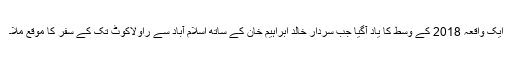
ایک واقعہ 2018 کے وسط کا یاد آگیا جب سردار خالد ابراہیم خان کے ساتھ اسلام آباد سے راولاکوٹ تک کے سفر کا موقع ملا۔